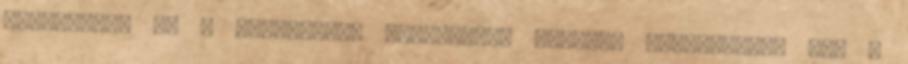
Tbiliszibe és a kulturális látnivalók mellett tapasztalja meg a